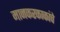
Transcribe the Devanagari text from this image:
मानकरकाकांचे